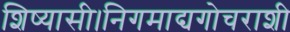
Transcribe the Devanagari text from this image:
शिष्यासी।निगमाद्यगोचराशी